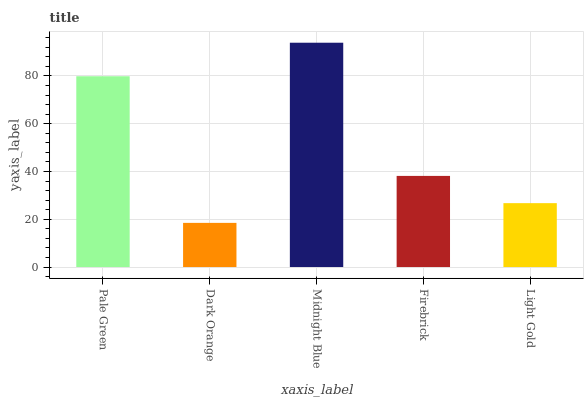
| xaxis_label | bars |
 | --- | --- |
 | Pale Green | 79.9 |
 | Dark Orange | 18.5 |
 | Midnight Blue | 93.9 |
 | Firebrick | 38.1 |
 | Light Gold | 26.7 |